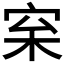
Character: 𪧌